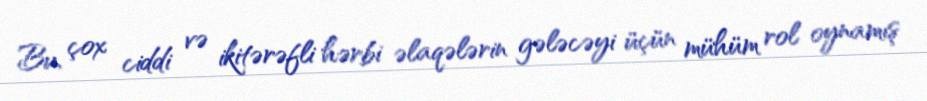
Bu, çox ciddi və ikitərəfli hərbi əlaqələrin gələcəyi üçün mühüm rol oynamış